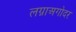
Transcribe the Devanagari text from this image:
लग्नाअगोदर